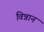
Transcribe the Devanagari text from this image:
विन्नान